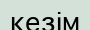
кезім